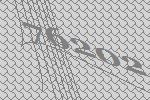
76202